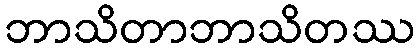
ဘာသိတာဘာသိတဿ